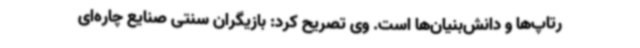
رتاپ‌ها و دانش‌بنیان‌ها است. وی تصریح کرد: بازیگران سنتی صنایع چاره‌ای